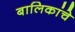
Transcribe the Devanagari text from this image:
बालिकांचे